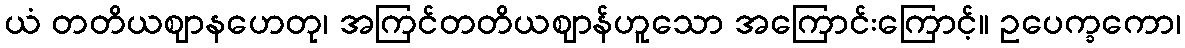
ယံ တတိယဈာနဟေတု၊ အကြင်တတိယဈာန်ဟူသော အကြောင်းကြောင့်။ ဥပေက္ခကော၊